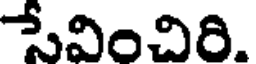
సేవించిరి.